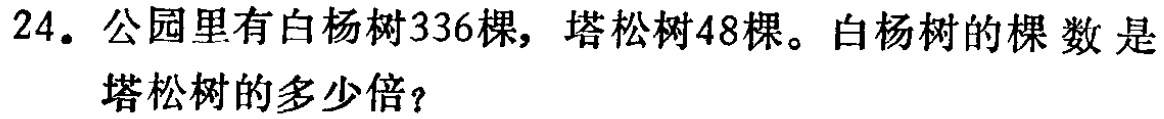
24. 公园里有白杨树336棵，塔松树48棵。白杨树的棵数是塔松树的多少倍？